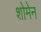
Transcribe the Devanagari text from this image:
शोमेन